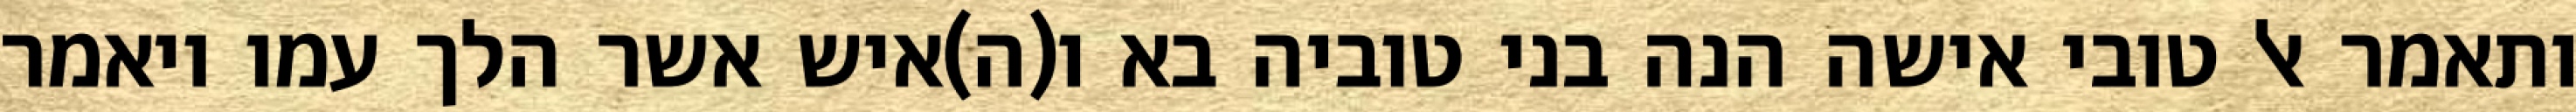
ותאמר אל טובי אישה הנה בני טוביה בא ו(ה)איש אשר הלך עמו ויאמר